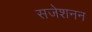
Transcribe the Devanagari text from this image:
सजेशनन